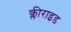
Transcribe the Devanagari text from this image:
क्लीराइड